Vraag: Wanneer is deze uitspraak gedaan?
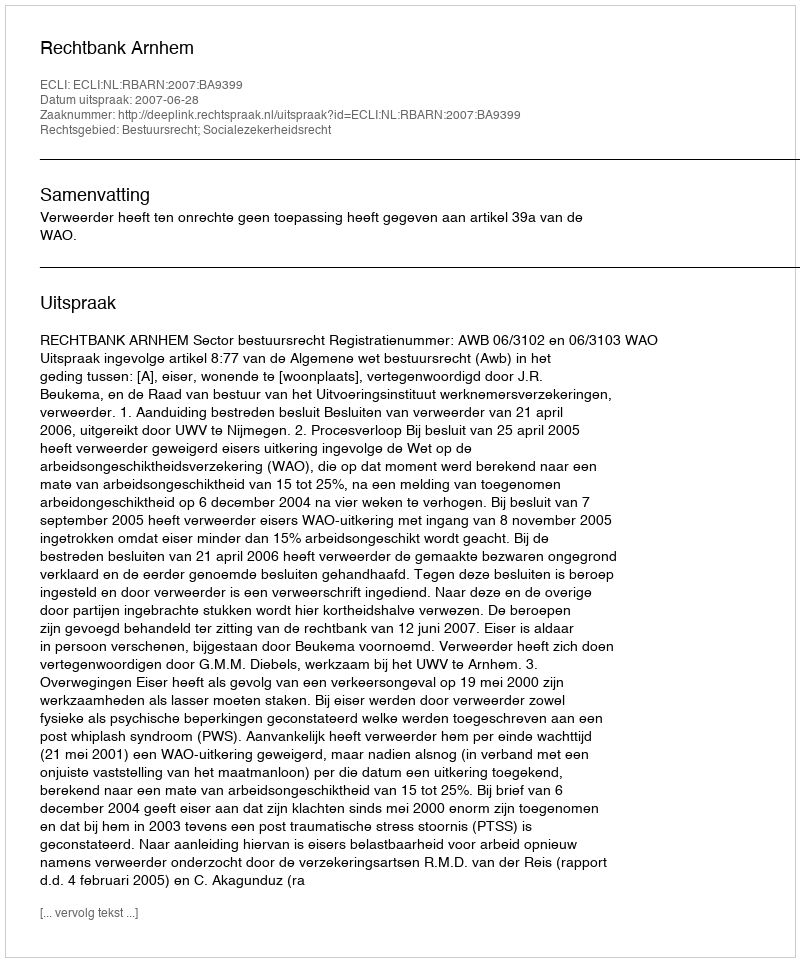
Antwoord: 2007-06-28